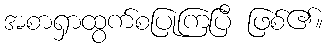
အစာရှာထွက်စပြုကြပြီ ဖြစ်၏။